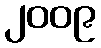
၂၀၀၉